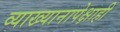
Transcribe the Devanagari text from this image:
व्याख्यानापेक्षाही